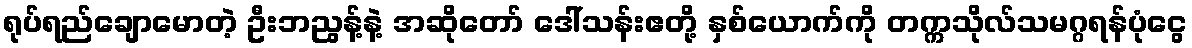
ရုပ်ရည်ချောမောတဲ့ ဦးဘညွန့်နဲ့ အဆိုတော် ဒေါ်သန်းဧတို့ နှစ်ယောက်ကို တက္ကသိုလ်သမဂ္ဂရန်ပုံငွေ